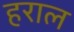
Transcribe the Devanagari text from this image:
हराल